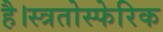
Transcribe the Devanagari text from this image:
है।स्त्रतोस्फेरिक